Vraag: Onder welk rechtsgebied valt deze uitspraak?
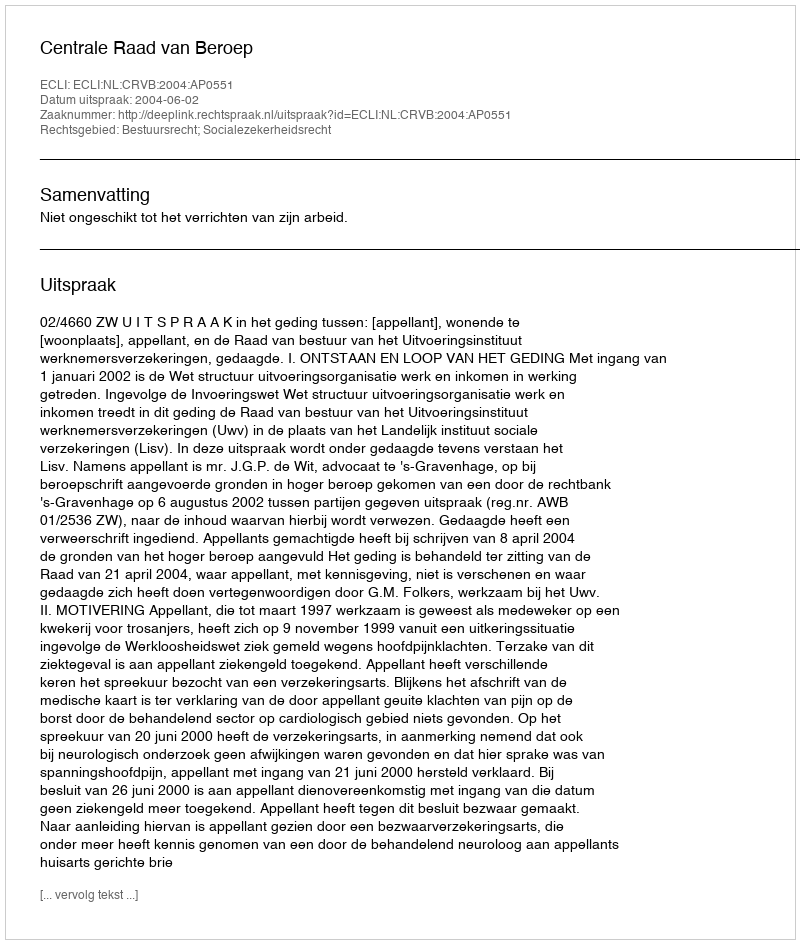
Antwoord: Bestuursrecht; Socialezekerheidsrecht